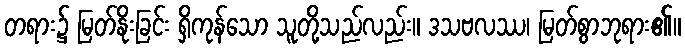
တရား၌ မြတ်နိုးခြင်း ရှိကုန်သော သူတို့သည်လည်း။ ဒသဗလဿ၊ မြတ်စွာဘုရား၏။